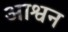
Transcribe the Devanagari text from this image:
आश्वन